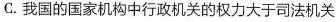
C.我国的国家机构中行政机关的权力大于司法机关